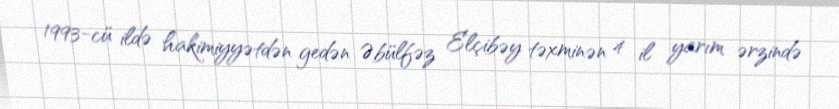
1993-cü ildə hakimiyyətdən gedən Əbülfəz Elçibəy təxminən 4 il yarım ərzində